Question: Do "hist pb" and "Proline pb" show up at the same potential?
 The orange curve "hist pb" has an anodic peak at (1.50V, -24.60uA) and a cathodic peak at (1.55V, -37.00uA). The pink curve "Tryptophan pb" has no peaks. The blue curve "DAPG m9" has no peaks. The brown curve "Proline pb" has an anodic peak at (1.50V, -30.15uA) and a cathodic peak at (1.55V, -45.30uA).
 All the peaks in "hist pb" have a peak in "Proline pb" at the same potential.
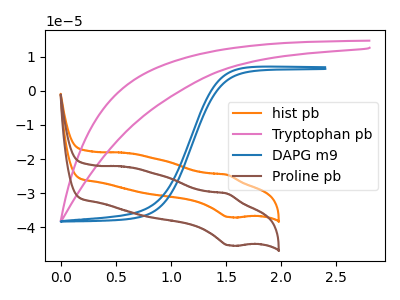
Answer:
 <answer>"hist pb" and "Proline pb" are similar in shape.</answer>
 <eval>same_shape</eval>